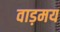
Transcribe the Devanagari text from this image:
वाड़मय